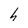
Character: h